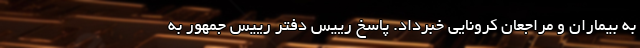
به بیماران و مراجعان کرونایی خبرداد. پاسخ رییس دفتر رییس جمهور به